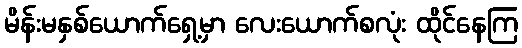
မိန်းမနှစ်ယောက်ရှေ့မှာ လေးယောက်စလုံး ထိုင်နေကြ